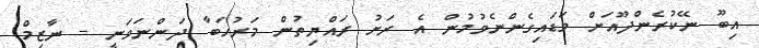
އިބޫ ނޭކުރެންދޫއަށް ވަޑައިގެންނެވުމުން އެ ރަށު ރައްޔިތުން މަރުހަބާ ދަންނަވަނީ - ނާޒިމް